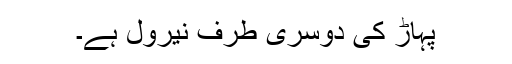
پہاڑ کی دوسری طرف نیرول ہے۔